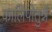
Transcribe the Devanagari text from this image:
कालिपोतुन्नै